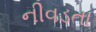
નીવડતા